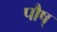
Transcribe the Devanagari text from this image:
पौष्